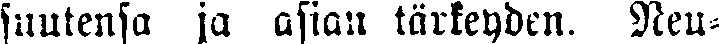
sllutensa ja asian tärkeyden. Neu-